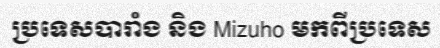
ប្រទេសបារាំង និង Mizuho មកពីប្រទេស